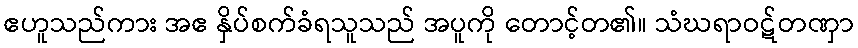
ဧဟူသည်ကား အဧ နှိပ်စက်ခံရသူသည် အပူကို တောင့်တ၏။ သံဃရာဝဋ်တဏှာ